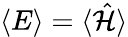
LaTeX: \langle E\rangle=\langle\hat{\mathcal{H}}\rangle